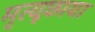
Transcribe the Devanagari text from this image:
मृत्यूछाया